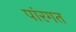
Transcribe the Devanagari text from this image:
पांरगत